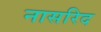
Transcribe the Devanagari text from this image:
नासरिद